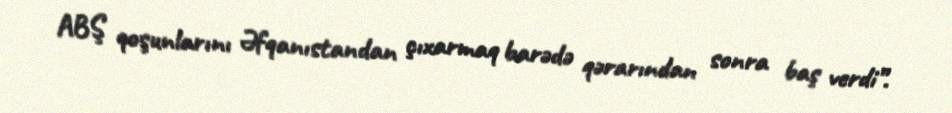
ABŞ qoşunlarını Əfqanıstandan çıxarmaq barədə qərarından sonra baş verdi”.